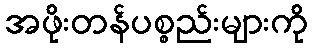
အဖိုးတန်ပစ္စည်းများကို